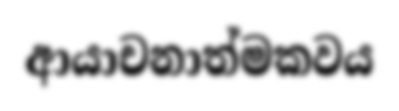
ආයාචනාත්මකවය